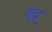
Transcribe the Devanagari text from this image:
शुद्ध्